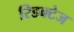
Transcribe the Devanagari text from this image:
रिडक्टेज